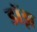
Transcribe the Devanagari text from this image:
डॉझ